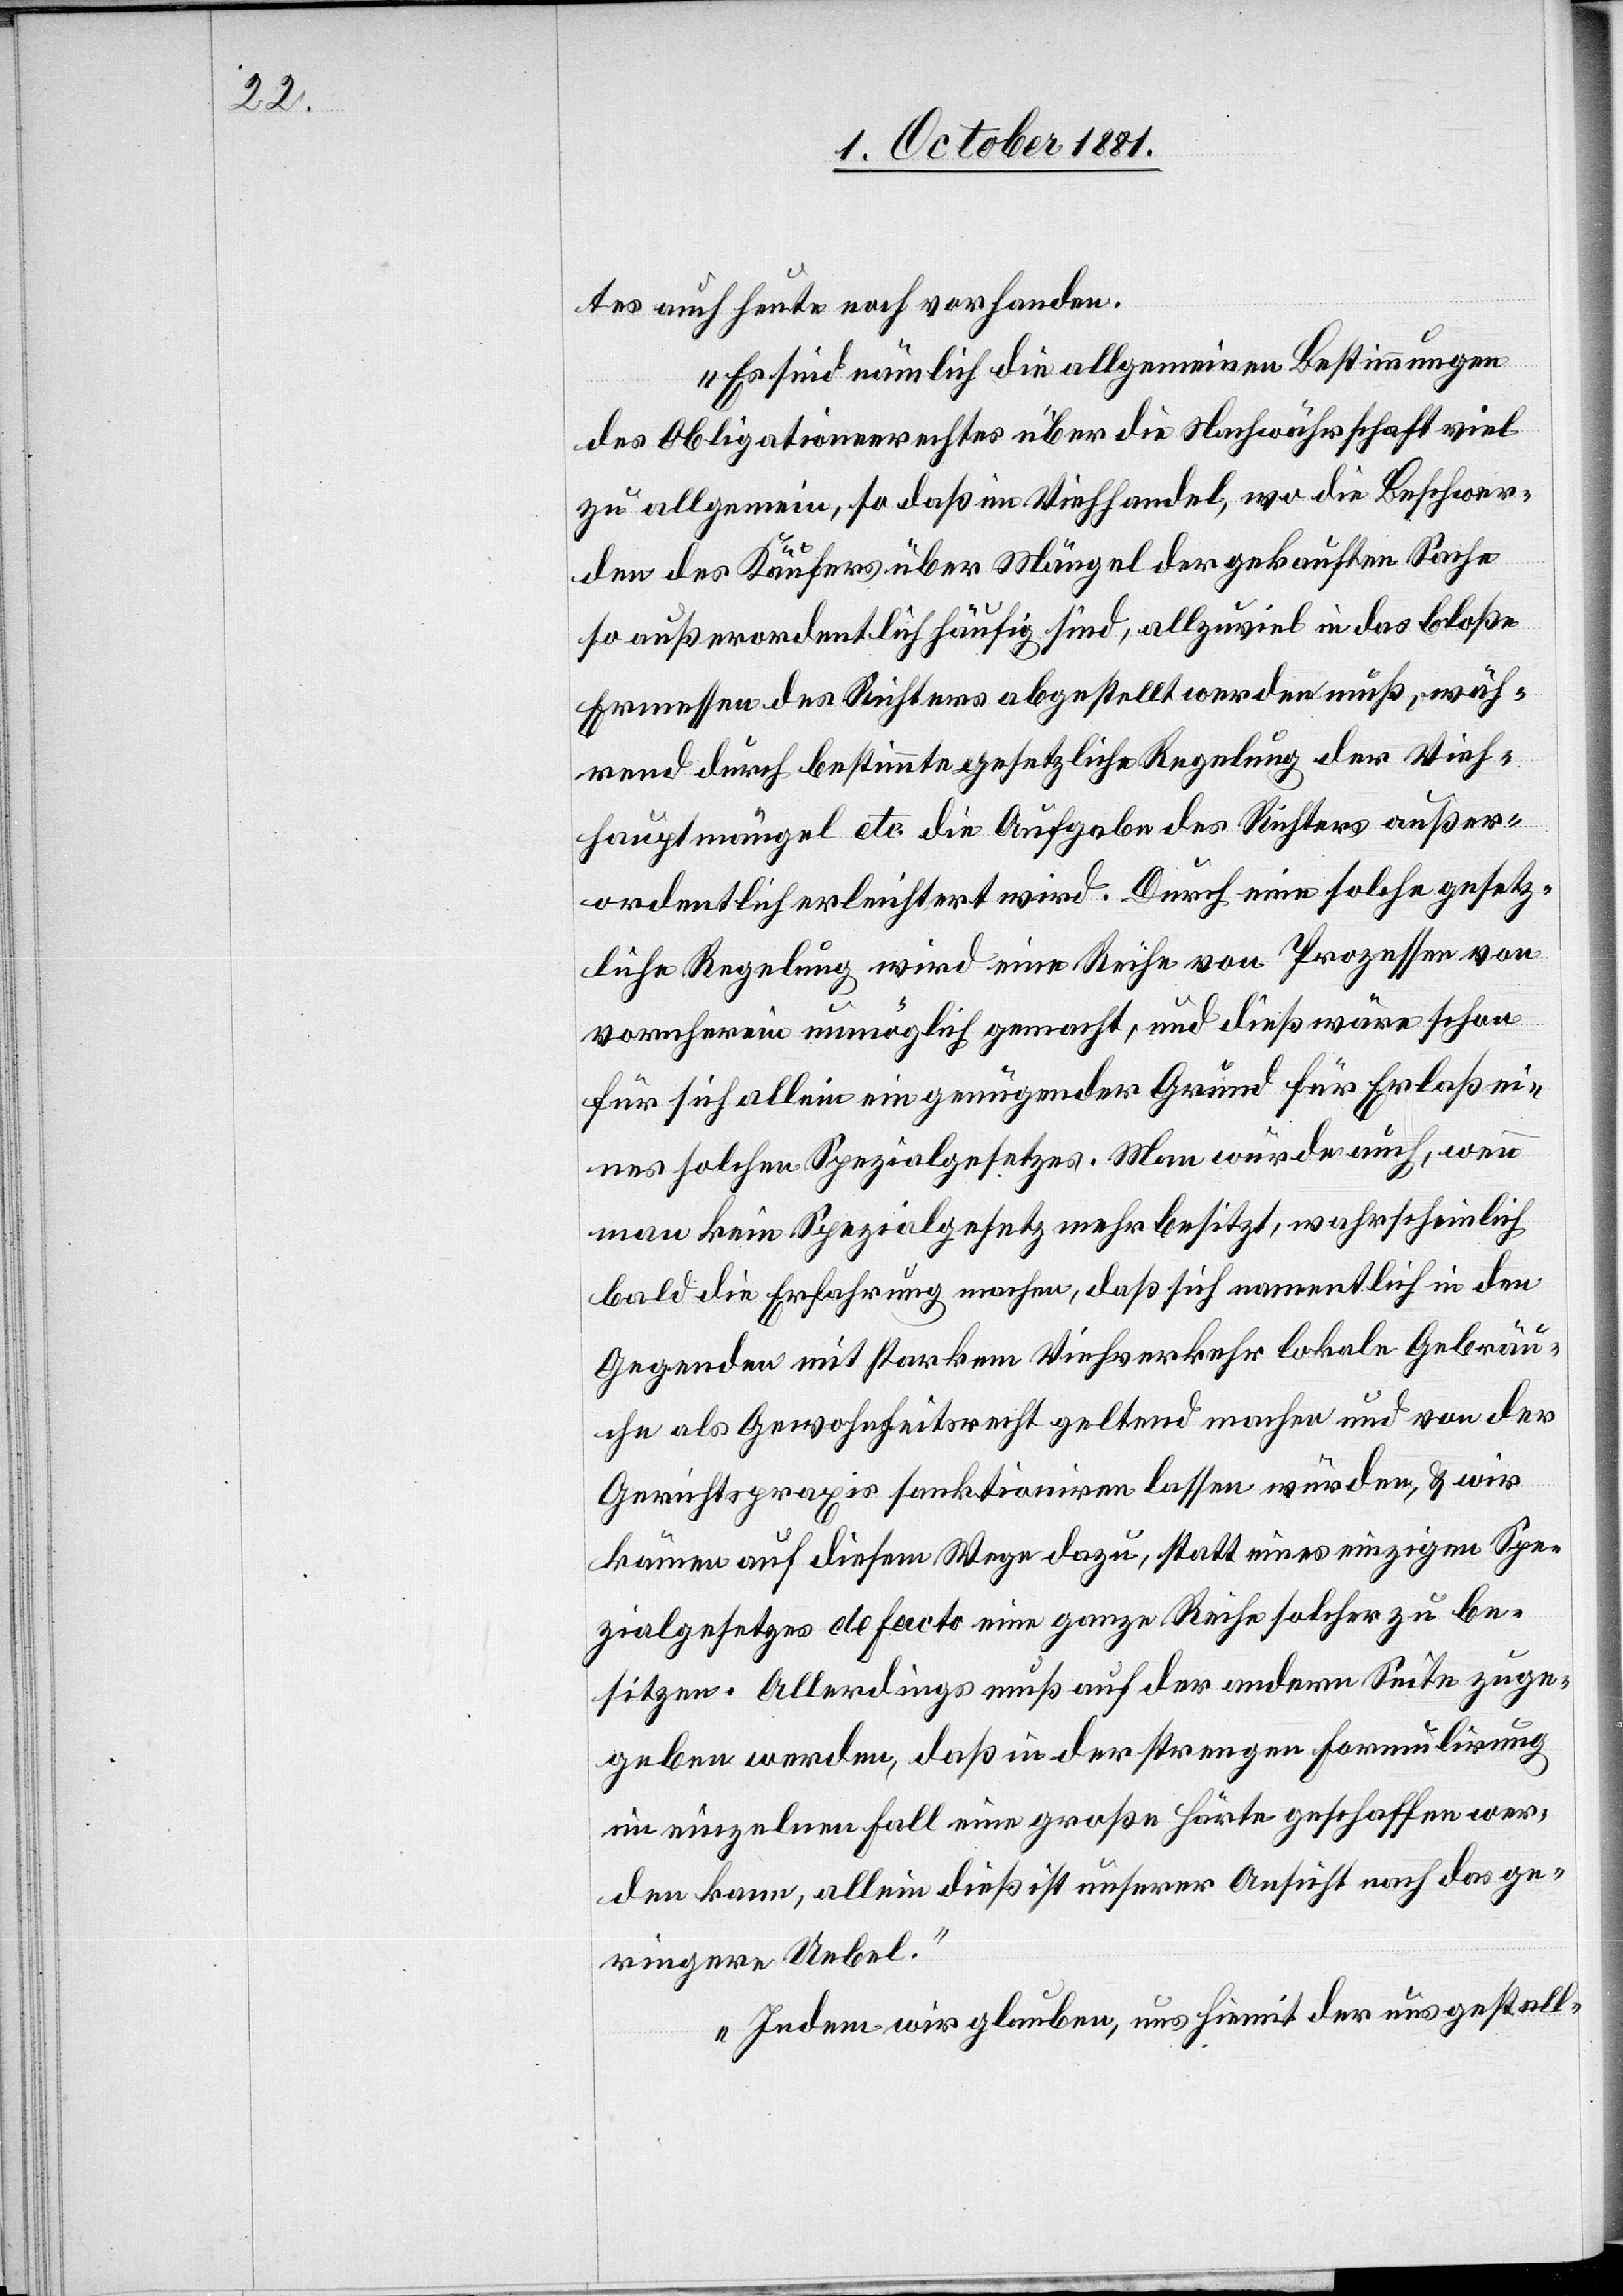
tes auch heute noch vorhanden.
Es sind nämlich die allgemeinen Bestimmungen
des Obligationenrechtes über die Nachwährschaft viel
zu allgemein, so daß im Viehhandel, wo die Beschwer¬
den des Käufers über Mängel der gekauften Sache
so außerordentlich häufig sind, allzuviel in das bloße
Ermessen des Richters abgestellt werden muß, wäh¬
rend durch bestimmte gesetzliche Regelung der Vieh¬
hauptmängel etc. die Aufgabe des Richters außer¬
ordentlich erleichtert wird. Durch eine solche gesetz¬
liche Regelung wird eine Reihe von Prozessen von
vornherein unmöglich gemacht, und dieß wäre schon
für sich allein ein genügender Grund für Erlaß ei¬
nes solchen Spezialgesetzes. Man würde auch, wenn
man kein Spezialgesetz mehr besitzt, wahrscheinlich
bald die Erfahrung machen, daß sich namentlich in den
Gegenden mit starkem Viehverkehr lokale Gebräu¬
che als Gewohnheitsrecht geltend machen und von der
Gerichtspraxis sanktioniren lassen würden, & wir
kämen auf diesem Wege dazu, statt eines einzigen Spe¬
zialgesetzes de facto eine ganze Reihe solcher zu be¬
sitzen. Allerdings muß auf der andern Seite zuge¬
geben werden, daß in der strengen Formulirung
im einzelnen Fall eine große Härte geschaffen wer¬
den kann, allein dieß ist unserer Ansicht nach das ge¬
ringere Uebel.
Indem wir glauben, uns hiemit der uns gestell-